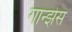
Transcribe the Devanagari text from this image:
गान्झेस